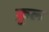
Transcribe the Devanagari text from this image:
क़ुल